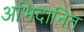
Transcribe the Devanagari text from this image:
अभिदानित